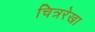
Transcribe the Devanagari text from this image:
चित्ररेखा